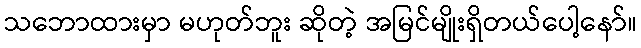
သဘောထားမှာ မဟုတ်ဘူး ဆိုတဲ့ အမြင်မျိုးရှိတယ်ပေါ့နော်။